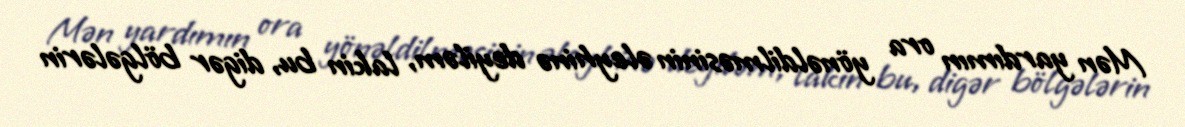
Mən yardımın ora yönəldilməsinin əleyhinə deyiləm, lakin bu, digər bölgələrin